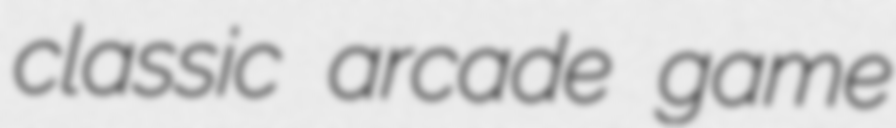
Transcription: classic arcade game